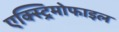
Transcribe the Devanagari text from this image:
एक्स्ट्रिमोफाइल